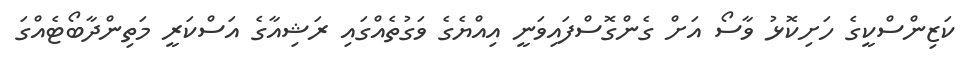
ކަޒިންސްކީގެ ހަށިކޮޅު ވާސޯ އަށް ގެންގޮސްފައިވަނީ އިއްޔެގެ ވަގުތެއްގައި ރަޝިއާގެ އަސްކަރީ މަތިންދާބޯޓެއްގަ